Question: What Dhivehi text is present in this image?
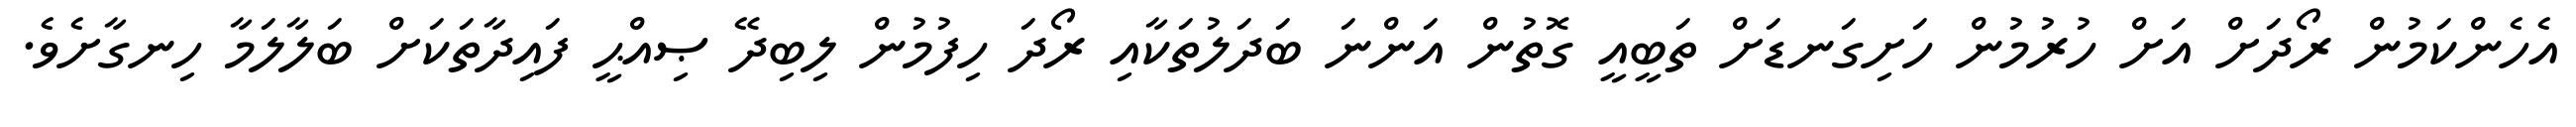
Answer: އެހެންކަމުން ރޯދަށް އަށް ހުރުމުން ހަށިގަނޑަށް ތަބީއީ ގޮތުން އަންނަ ބަދަލުތަކާއި ރޯދަ ހިފުމުން ލިބިދޭ ޞިއްޙީ ފައިދާތަކަށް ބަލާލަމާ ހިނގާށެވެ.